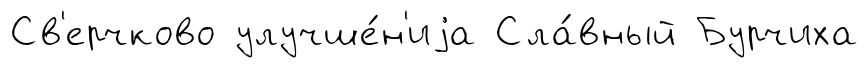
Св'ерчково улучше́н'иjа Сла́вный Бурчиха